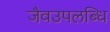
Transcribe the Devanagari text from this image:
जैवउपलब्धि